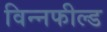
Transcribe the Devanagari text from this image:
विन्नफील्ड